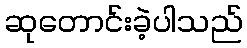
ဆုတောင်းခဲ့ပါသည်